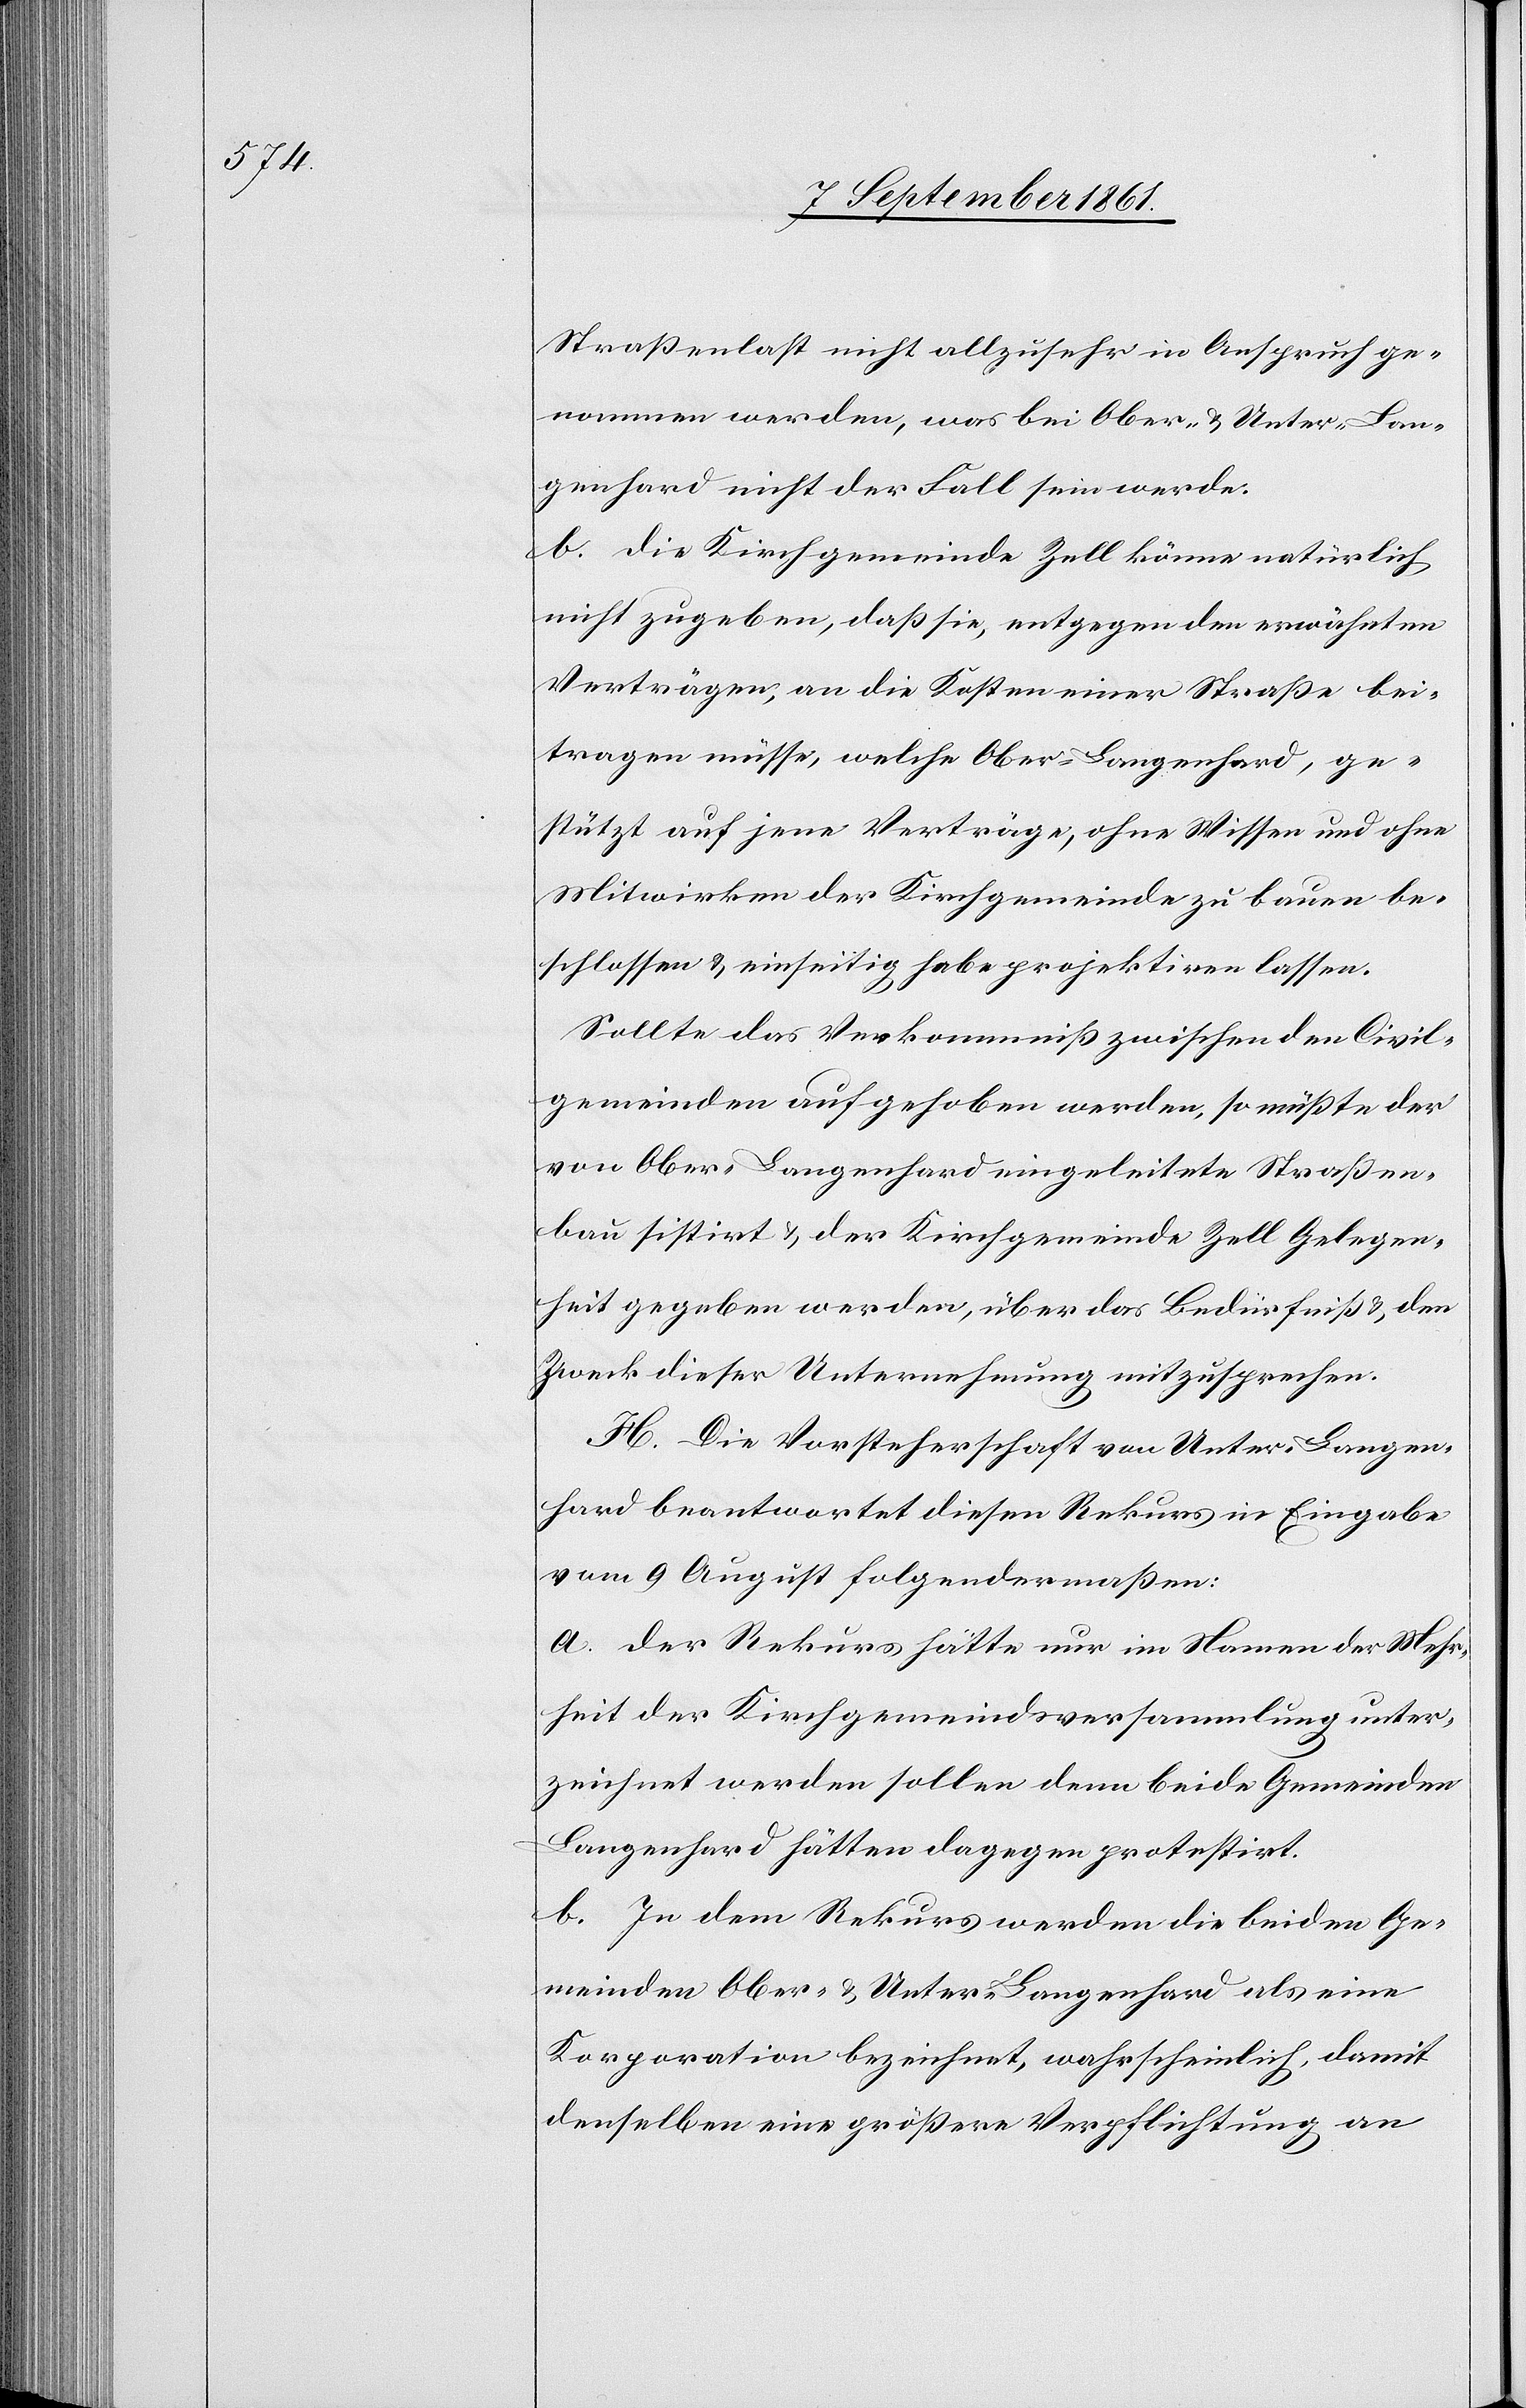
Straßenlast nicht allzusehr in Anspruch ge¬
nommen werden, was bei Ober- u. Unter-Lan¬
genhard nicht der Fall sein werde.
b. Die Kirchgemeinde Zell könne natürlich
nicht zugeben, daß sie, entgegen den erwähnten
Verträgen, an die Kosten einer Straße bei¬
tragen müsse, welche Ober-Langenhard, ge¬
stützt auf jene Verträge, ohne Wissen und ohne
Mitwirken der Kirchgemeinde zu bauen be¬
schlossen u. einseitig habe projektiren lassen.
Sollte das Verkommniß zwischen den Civil¬
gemeinden aufgehoben werden, so müßte der
von Ober-Langenhard eingeleitete Straßen¬
bau sistirt u. der Kirchgemeinde Zell Gelegen¬
heit gegeben werden, über das Bedürfniß u. den
Zweck dieser Unternehmung mitzusprechen.
H. Die Vorsteherschaft von Unter-Langen¬
hard beantwortet diesen Rekurs in Eingabe
vom 9 August folgendermaßen:
a. Der Rekurs hätte nur im Namen der Mehr¬
heit der Kirchgemeindsversammlung unter¬
zeichnet werden sollen denn beide Gemeinden
Langenhard hätten dagegen protestirt.
b. In dem Rekurs werden die beiden Ge¬
meinden Ober- u. Unter-Langenhard als eine
Korporation bezeichnet, wahrscheinlich, damit
denselben eine größere Verpflichtung an